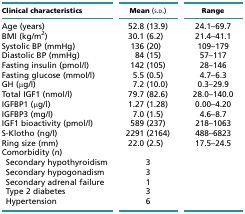
<table><thead><tr><td><b>Clinical characteristics</b></td><td><b>Mean (s.d.)</b></td><td><b>Range</b></td></tr></thead><tbody><tr><td>Age (years)</td><td>52.8 (13.9)</td><td>24.1–69.7</td></tr><tr><td>BMI (kg/m<sup>2</sup>)</td><td>30.1 (6.2)</td><td>21.4–41.1</td></tr><tr><td>Systolic BP (mmHg)</td><td>136 (20)</td><td>109–179</td></tr><tr><td>Diastolic BP (mmHg)</td><td>84 (15)</td><td>57–117</td></tr><tr><td>Fasting insulin (pmol/l)</td><td>142 (105)</td><td>28–146</td></tr><tr><td>Fasting glucose (mmol/l)</td><td>5.5 (0.5)</td><td>4.7–6.3</td></tr><tr><td>GH (μg/l)</td><td>7.2 (10.0)</td><td>0.3–29.9</td></tr><tr><td>Total IGF1 (nmol/l)</td><td>79.7 (82.6)</td><td>28.0–140.0</td></tr><tr><td>IGFBP1 (μg/l)</td><td>1.27 (1.28)</td><td>0.00–4.20</td></tr><tr><td>IGFBP3 (mg/l)</td><td>7.0 (1.5)</td><td>4.6–8.7</td></tr><tr><td>IGF1 bioactivity (pmol/l)</td><td>589 (237)</td><td>218–1063</td></tr><tr><td>S-Klotho (ng/l)</td><td>2291 (2164)</td><td>488–6823</td></tr><tr><td>Ring size (mm)</td><td>22.0 (2.5)</td><td>17.5–24.5</td></tr><tr><td>Comorbidity (<i>n</i>)</td><td></td><td></td></tr><tr><td> Secondary hypothyroidism</td><td>3</td><td></td></tr><tr><td> Secondary hypogonadism</td><td>3</td><td></td></tr><tr><td> Secondary adrenal failure</td><td>1</td><td></td></tr><tr><td> Type 2 diabetes</td><td>3</td><td></td></tr><tr><td> Hypertension</td><td>6</td><td></td></tr></tbody></table>